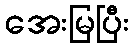
အေးမြပြီး